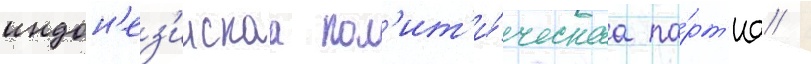
индон'ез'иискаа пол'ит'и́ческаа па́рт'иа /